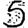
Digit: 5